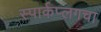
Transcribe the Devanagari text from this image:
स्पार्कप्लगचा